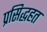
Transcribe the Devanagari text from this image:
प्रसिद्धहत